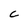
Character: C